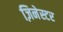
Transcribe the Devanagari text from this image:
ज़िनेस्टर